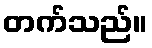
တက်သည်။